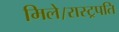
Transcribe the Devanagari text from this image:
मिले।रास्ट्रपति